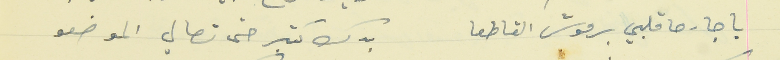
يا جارحا قلبي برموش القاطعا                                    بدك كتير حتى تصالي الموضعو